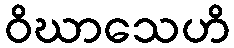
ဝိဃာသေဟိ